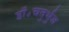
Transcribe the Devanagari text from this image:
डॉ॰चतुर्भुज